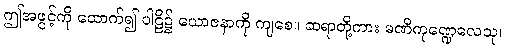
ဤအဖွင့်ကို ထောက်၍ ပါဠိ၌ ယောဇနာကို ကျစေ။ ဆရာတို့ကား မဏိကုဏ္ဍေလေသု၊